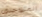
المتواجدون